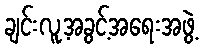
ချင်းလူ့အခွင့်အရေးအဖွဲ့